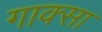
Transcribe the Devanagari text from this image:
गाक्सा